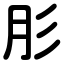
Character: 肜